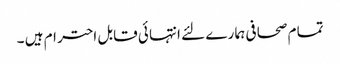
تما م صحا فی ہما ر ے لئے انتہا ئی قابل احتر ام ہیں ۔